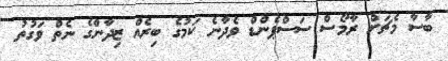
ބާސާ މެޗަށް ރާމޯސް ސަސްޕެންޑް ވެދާނެ ކަމުގެ ބިރެއް ޒިދާންގެ ނެތް ވަގުތު